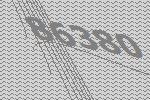
86380